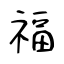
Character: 福